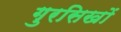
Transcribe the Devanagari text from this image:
गुरसिखों